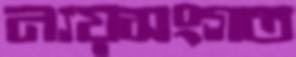
ন্যয়সংগত